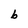
Character: b